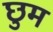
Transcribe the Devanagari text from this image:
छुम